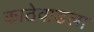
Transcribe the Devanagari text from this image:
काठेवाडला